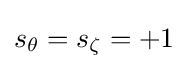
s_{\theta }=s_{\zeta }=+1